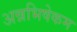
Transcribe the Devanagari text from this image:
अन्नभिषेकम